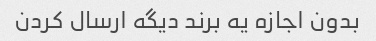
بدون اجازه یه برند دیگه ارسال کردن